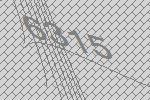
6315